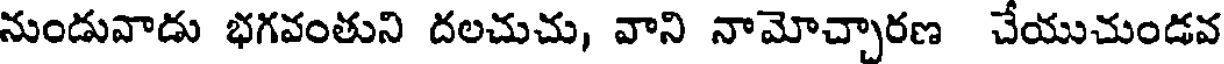
నుండువాడు భగవంతుని దలచుచు, వాని నామోచ్చారణ చేయుచుండవ